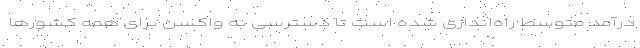
درآمد متوسط راه‌اندازی شده است تا دسترسی به واکسن برای همه کشورها